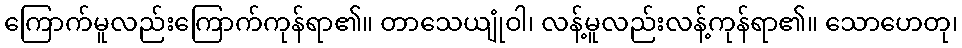
ကြောက်မူလည်းကြောက်ကုန်ရာ၏။ တာသေယျုံဝါ၊ လန့်မူလည်းလန့်ကုန်ရာ၏။ သောဟေတု၊